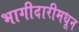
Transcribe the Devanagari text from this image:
भागीदारीमधून